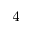
^ { 4 }